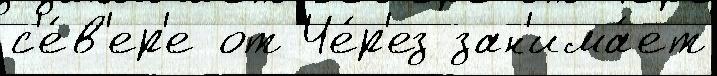
с'е́в'ер'е от Че́р'ез зан'има́ет